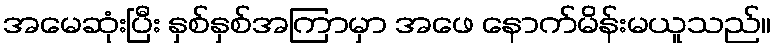
အမေဆုံးပြီး နှစ်နှစ်အကြာမှာ အဖေ နောက်မိန်းမယူသည်။